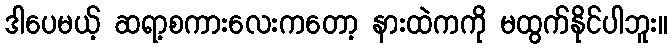
ဒါပေမယ့် ဆရာ့စကားလေးကတော့ နားထဲကကို မထွက်နိုင်ပါဘူး။